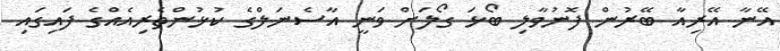
އޭނާ އޭރިއާ ބޭރުން ފޮނުވާލި ބޯޅަ ގޯލަށް ވަނީ އާސެނަލްގެ ކުޅުންތެރިއެއްގެ ފައިގައި